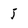
Character: J